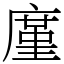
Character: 廑